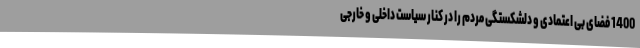
1400 فضای بی اعتمادی و دلشکستگی مردم را در کنار سیاست داخلی و خارجی